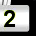
Digit: 2